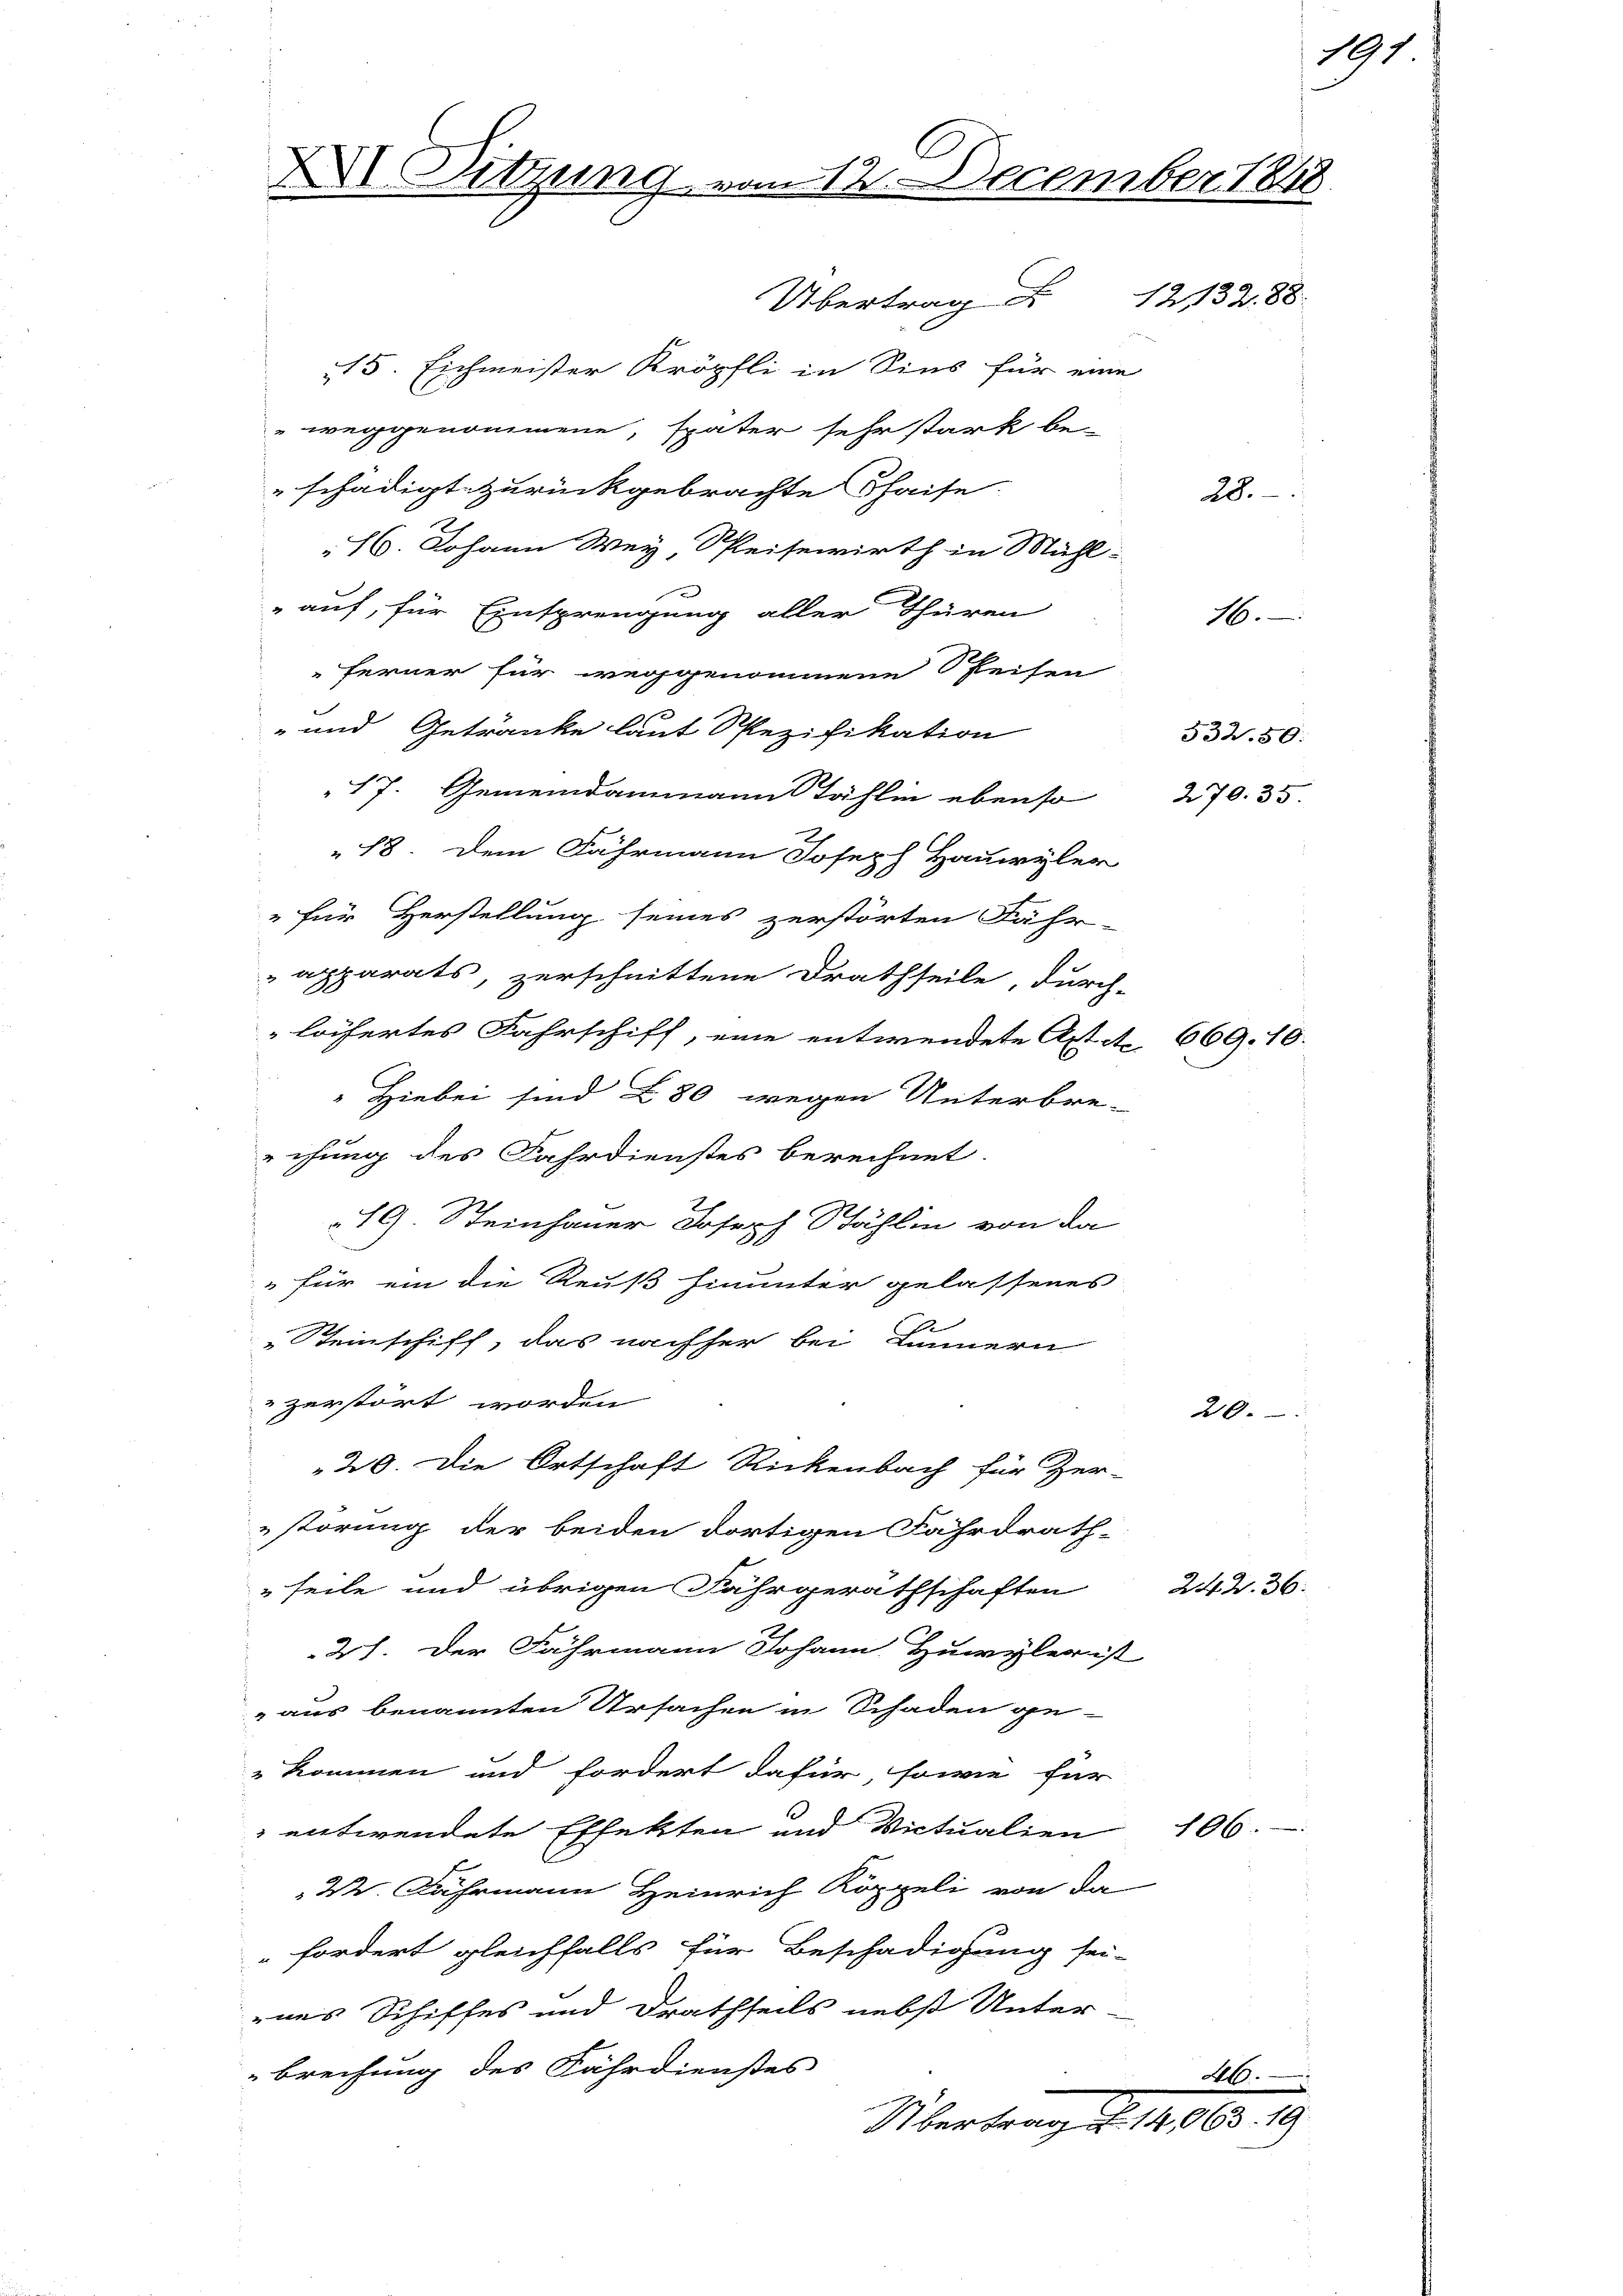
C
X Sitzung vom 12. December 1848

Übertrag 12132. 88.
115. Eichmeister Kröpfli in Sins für eine
 weggenommene, später sehr stark be-
schädigt zurückgebrachte Chaise.
16. Johann Wey, Reisewirth in Mühl-
auf, für Einsprengung aller Thüren
ferner für weggenommene Reisen
- und Getränke laut Spezifikation
17. Gemeindammann Stählin ebenso
18. Dem Fährmann Joseph Hauwyler
" für Herstellung seines zerstörten Fähr-
apparats, zerschnittene Drathseile durch-
löifertes Fahrschiff, eine entwendete Ast a
 Hiebei sind 280 wegen Unterbre-
echung des Fahrdienstes berechnet.
19. Steinhauer Joseph Stählin von da
" für ein die Reuß hinunter gelassenes
1
Steinschiff, das nachher bei Linnern
zerstört worden
20. Die Ortschaft Rickenbach für Zer-
störung der beiden dortigen Fahrdrath-
feile und übrigen Fahrgerathschaften
27. Der Fährmann Johann Huwyler ist
" aus benannten Ursachen in Schaden ge-
kommen und fordert dafür, sowie für
 entwendete Effekten und Victualien
22. Fuhrmann Heinrich Köppeli von da
fordert gleichfalls für Beschädigung sei-
enes Schiffes und Drathseils nebst Unter-
brechung des Fährdienstes
Übertrage 18

532. 50:
270. 35.

669.10.

28.

16.

20.

242. 36.

106.

191